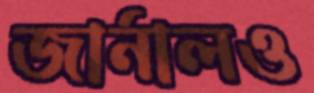
জার্নালও